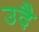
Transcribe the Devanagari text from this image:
उदै